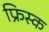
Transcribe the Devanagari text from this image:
फ्रिस्क